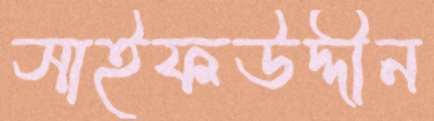
সাইফউদ্দীন